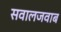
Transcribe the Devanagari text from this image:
सवालजवाब